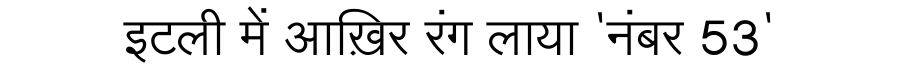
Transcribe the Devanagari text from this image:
इटली में आख़िर रंग लाया 'नंबर 53'